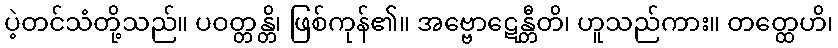
ပဲ့တင်သံတို့သည်။ ပဝတ္တန္တိ၊ ဖြစ်ကုန်၏။ အဗ္ဗောဋေန္တီတိ၊ ဟူသည်ကား။ တတ္ထေဟိ၊